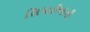
સિપાઈઓની